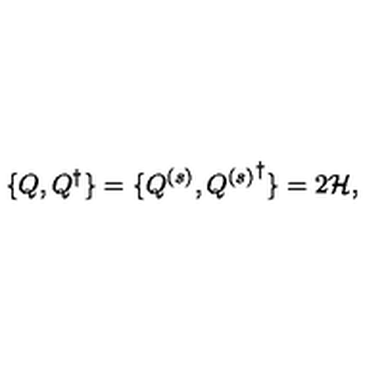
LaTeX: \{ Q , Q ^ { \dagger } \} = \{ Q ^ { ( s ) } , { Q ^ { ( s ) } } ^ { \dagger } \} = 2 { \cal H } ,